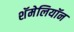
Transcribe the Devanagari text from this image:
शॅमेलियॉन